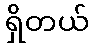
ရှိတယ်